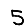
Digit: 5